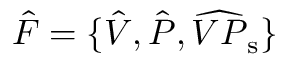
\hat { F } = \{ \hat { V } , \hat { P } , \widehat { V P } _ { \mathrm { s } } \}